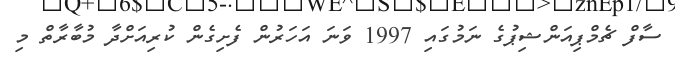
ސާފް ޗެމްޕިއަންޝިޕުގެ ނަމުގައި 1997 ވަނަ އަހަރުން ފެށިގެން ކުރިއަށްދާ މުބާރާތް މި